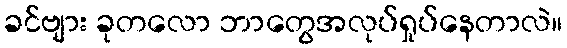
ခင်ဗျား ခုတလော ဘာတွေအလုပ်ရှုပ်နေတာလဲ။